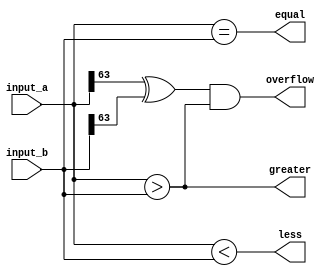
module comparator(
    input [63:0] input_a,
    input [63:0] input_b,
  
    output equal,
    output greater,
    output less,
    output overflow
);

assign equal = (input_a == input_b);
assign greater = (input_a > input_b);
assign less = (input_a < input_b);

assign overflow = (input_a[63] ^ input_b[63]) & greater;

endmodule